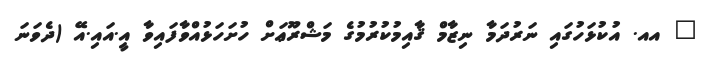
_ އއ. އުކުޅަހުގައި ނަރުދަމާ ނިޒާމް ޤާއިމުކުރުމުގެ މަޝްރޫޢަށް ހުށަހަޅުއްވާފައިވާ އީ.އައި.އޭ (ދެވަނަ